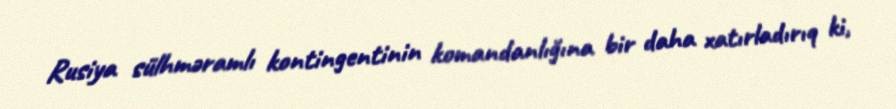
Rusiya sülhməramlı kontingentinin komandanlığına bir daha xatırladırıq ki,